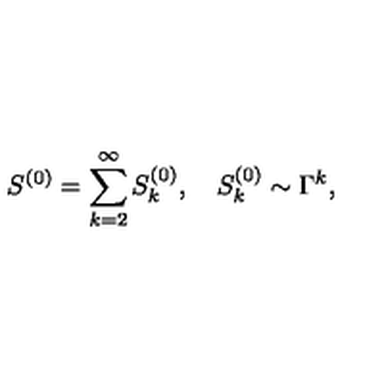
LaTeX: S ^ { ( 0 ) } = \sum _ { k = 2 } ^ { \infty } S _ { k } ^ { ( 0 ) } , \quad S _ { k } ^ { ( 0 ) } \sim \Gamma ^ { k } ,